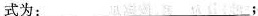
式为：___;